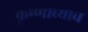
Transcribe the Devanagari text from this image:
कृष्णाच्याच